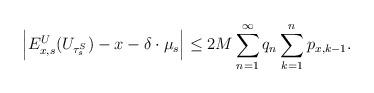
LaTeX: \begin{align*}\Big| E_{x,s}^U(U_{\tau_s^S}) - x - \delta \cdot \mu_s \Big|\leq 2M \sum_{n=1}^{\infty} q_n \sum_{k=1}^n p_{x,k-1}.\end{align*}